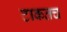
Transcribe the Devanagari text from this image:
टाकतच